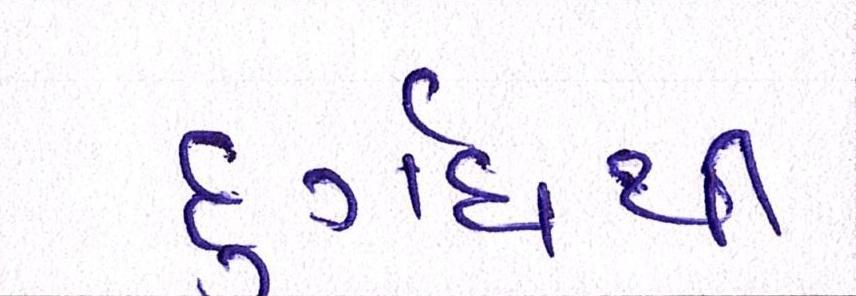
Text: દુર્ગંધથી